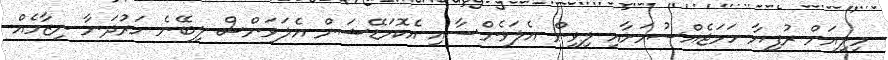
މިލިއަން ރުފިޔާ ހަމަޖެއްސުމަށާއި ލިވިން އެލަވެންސާއި އެކޮމަޑޭޝަން އެލަވަންސް ލިބޭނެ ހަރުދަނާ ނިޒާމެއް